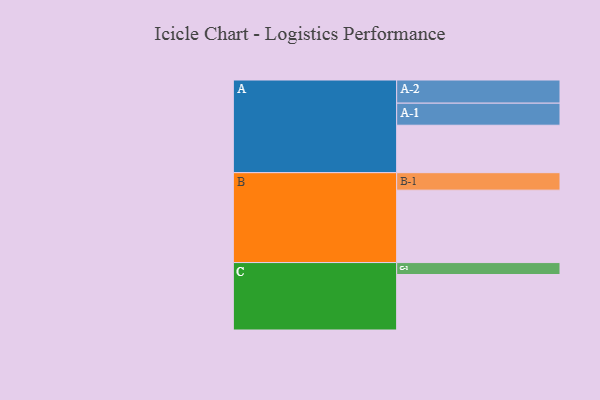
{"axis": {"x": "Segment", "y": "Value"}, "legend": ["", "A", "B", "C"], "data": [{"x": "A", "y": 342, "type": ""}, {"x": "B", "y": 522, "type": ""}, {"x": "C", "y": 400, "type": ""}, {"x": "A-1", "y": 159, "type": "A"}, {"x": "A-2", "y": 167, "type": "A"}, {"x": "B-1", "y": 126, "type": "B"}, {"x": "C-1", "y": 86, "type": "C"}]}